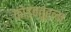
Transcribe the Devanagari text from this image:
कोइंबतूरला